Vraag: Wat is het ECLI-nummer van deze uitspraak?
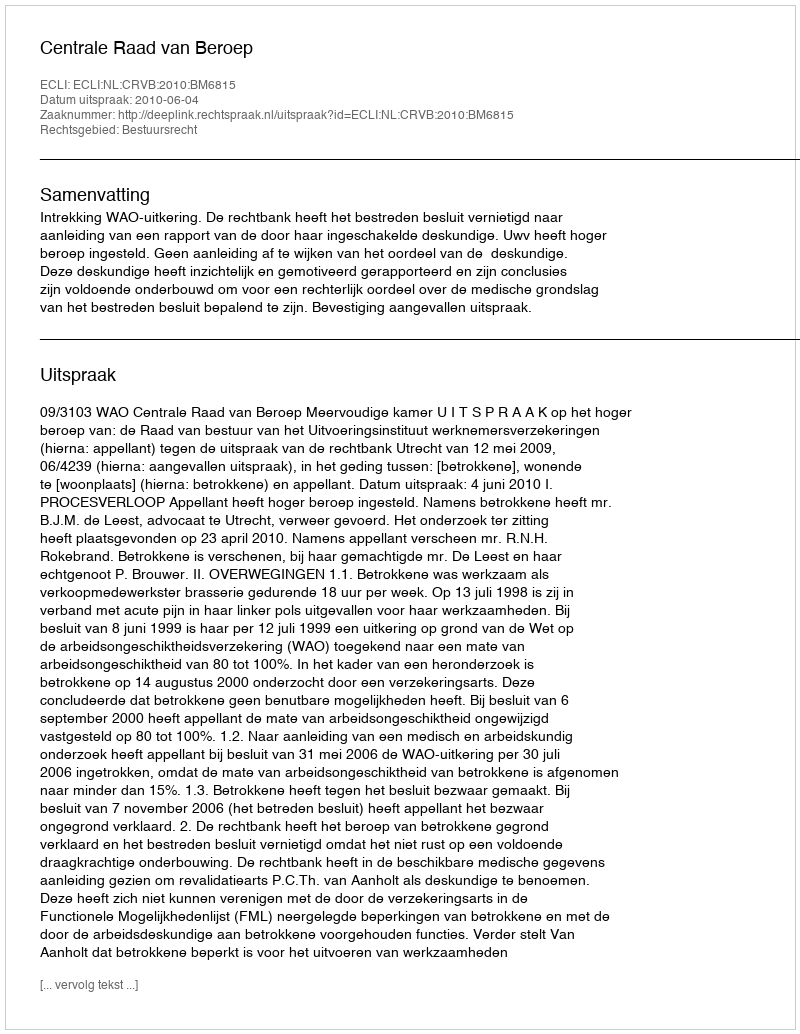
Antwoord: ECLI:NL:CRVB:2010:BM6815